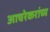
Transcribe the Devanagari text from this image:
आचरेकरांच्य